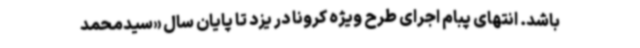
باشد. انتهای پبام اجرای طرح ویژه کرونا در یزد تا پایان سال «سیدمحمد